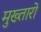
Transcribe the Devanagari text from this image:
मुख्तारों